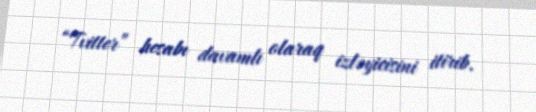
“Tvitter” hesabı davamlı olaraq izləyicisini itirib.